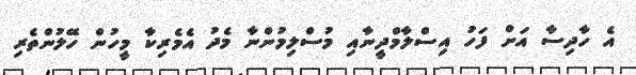
އެ ހާދިސާ އަށް ފަހު އިސްލާމްދީނާއި މުސްލިމުންނާ މެދު އެމެރިކާ މީހުން ހޭލުންތެރި